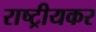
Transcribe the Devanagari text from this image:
राष्ट्रीयकर